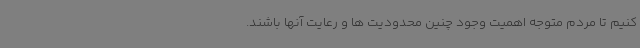
کنیم تا مردم متوجه اهمیت وجود چنین محدودیت ها و رعایت آنها باشند.